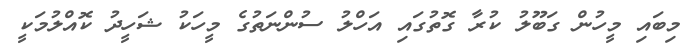
މިބައި މީހުން ގަބޫލު ކުރާ ގޮތުގައި އަހްލު ސުންނަތުގެ މީހަކު ޝަހީދު ކޮއްލުމަކީ